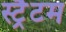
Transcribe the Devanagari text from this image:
स्ट्रैटम